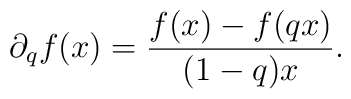
\partial_q f(x)=\frac{f(x)-f(qx)}{(1-q)x}.